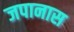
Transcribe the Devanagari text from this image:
जपानास